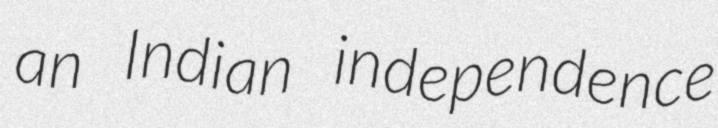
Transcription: an Indian independence